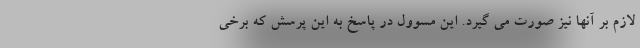
لازم بر آنها نیز صورت می گیرد. این مسوول در پاسخ به این پرسش که برخی